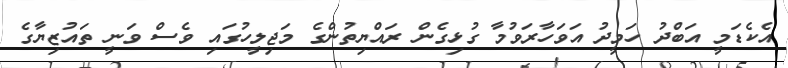
އެކެޑަމީ އަބްދު ހަމީދު އަވަހާރަވުމާ ގުޅިގެން ރައްޔިތުންގެ މަޖިލީހުގައި ވެސް ވަނީ ތައުޒިޔާގެ